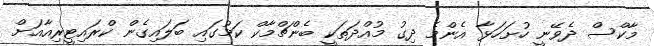
މާކްސް ދެވޭނީ ހުށަހަޅާ އެންމެ ދިގު މުއްދަތަކީ ބެންޗްމާކް ކަމުގައި ބަލައިގެން ކްރައިޓީރިއާއަށް